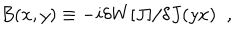
LaTeX: B ( x , y ) \equiv - i \delta W \lbrack J \rbrack / \delta J ( y x ) \; \; ,